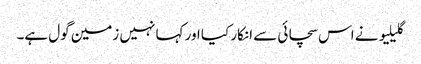
گلیلیو نے اس سچائی سے انکار کیا اور کہا نہیں زمین گول ہے۔